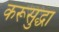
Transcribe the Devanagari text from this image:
करूसुद्धा